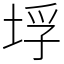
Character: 垺